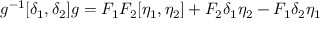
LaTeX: g ^ { - 1 } [ \delta _ { 1 } , \delta _ { 2 } ] g = F _ { 1 } F _ { 2 } [ \eta _ { 1 } , \eta _ { 2 } ] + F _ { 2 } \delta _ { 1 } \eta _ { 2 } - F _ { 1 } \delta _ { 2 } \eta _ { 1 }